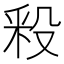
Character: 𣪖